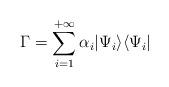
LaTeX: \begin{align*}\Gamma=\sum_{i=1}^{+\infty} \alpha_i|\Psi_i\rangle\langle\Psi_i|\end{align*}